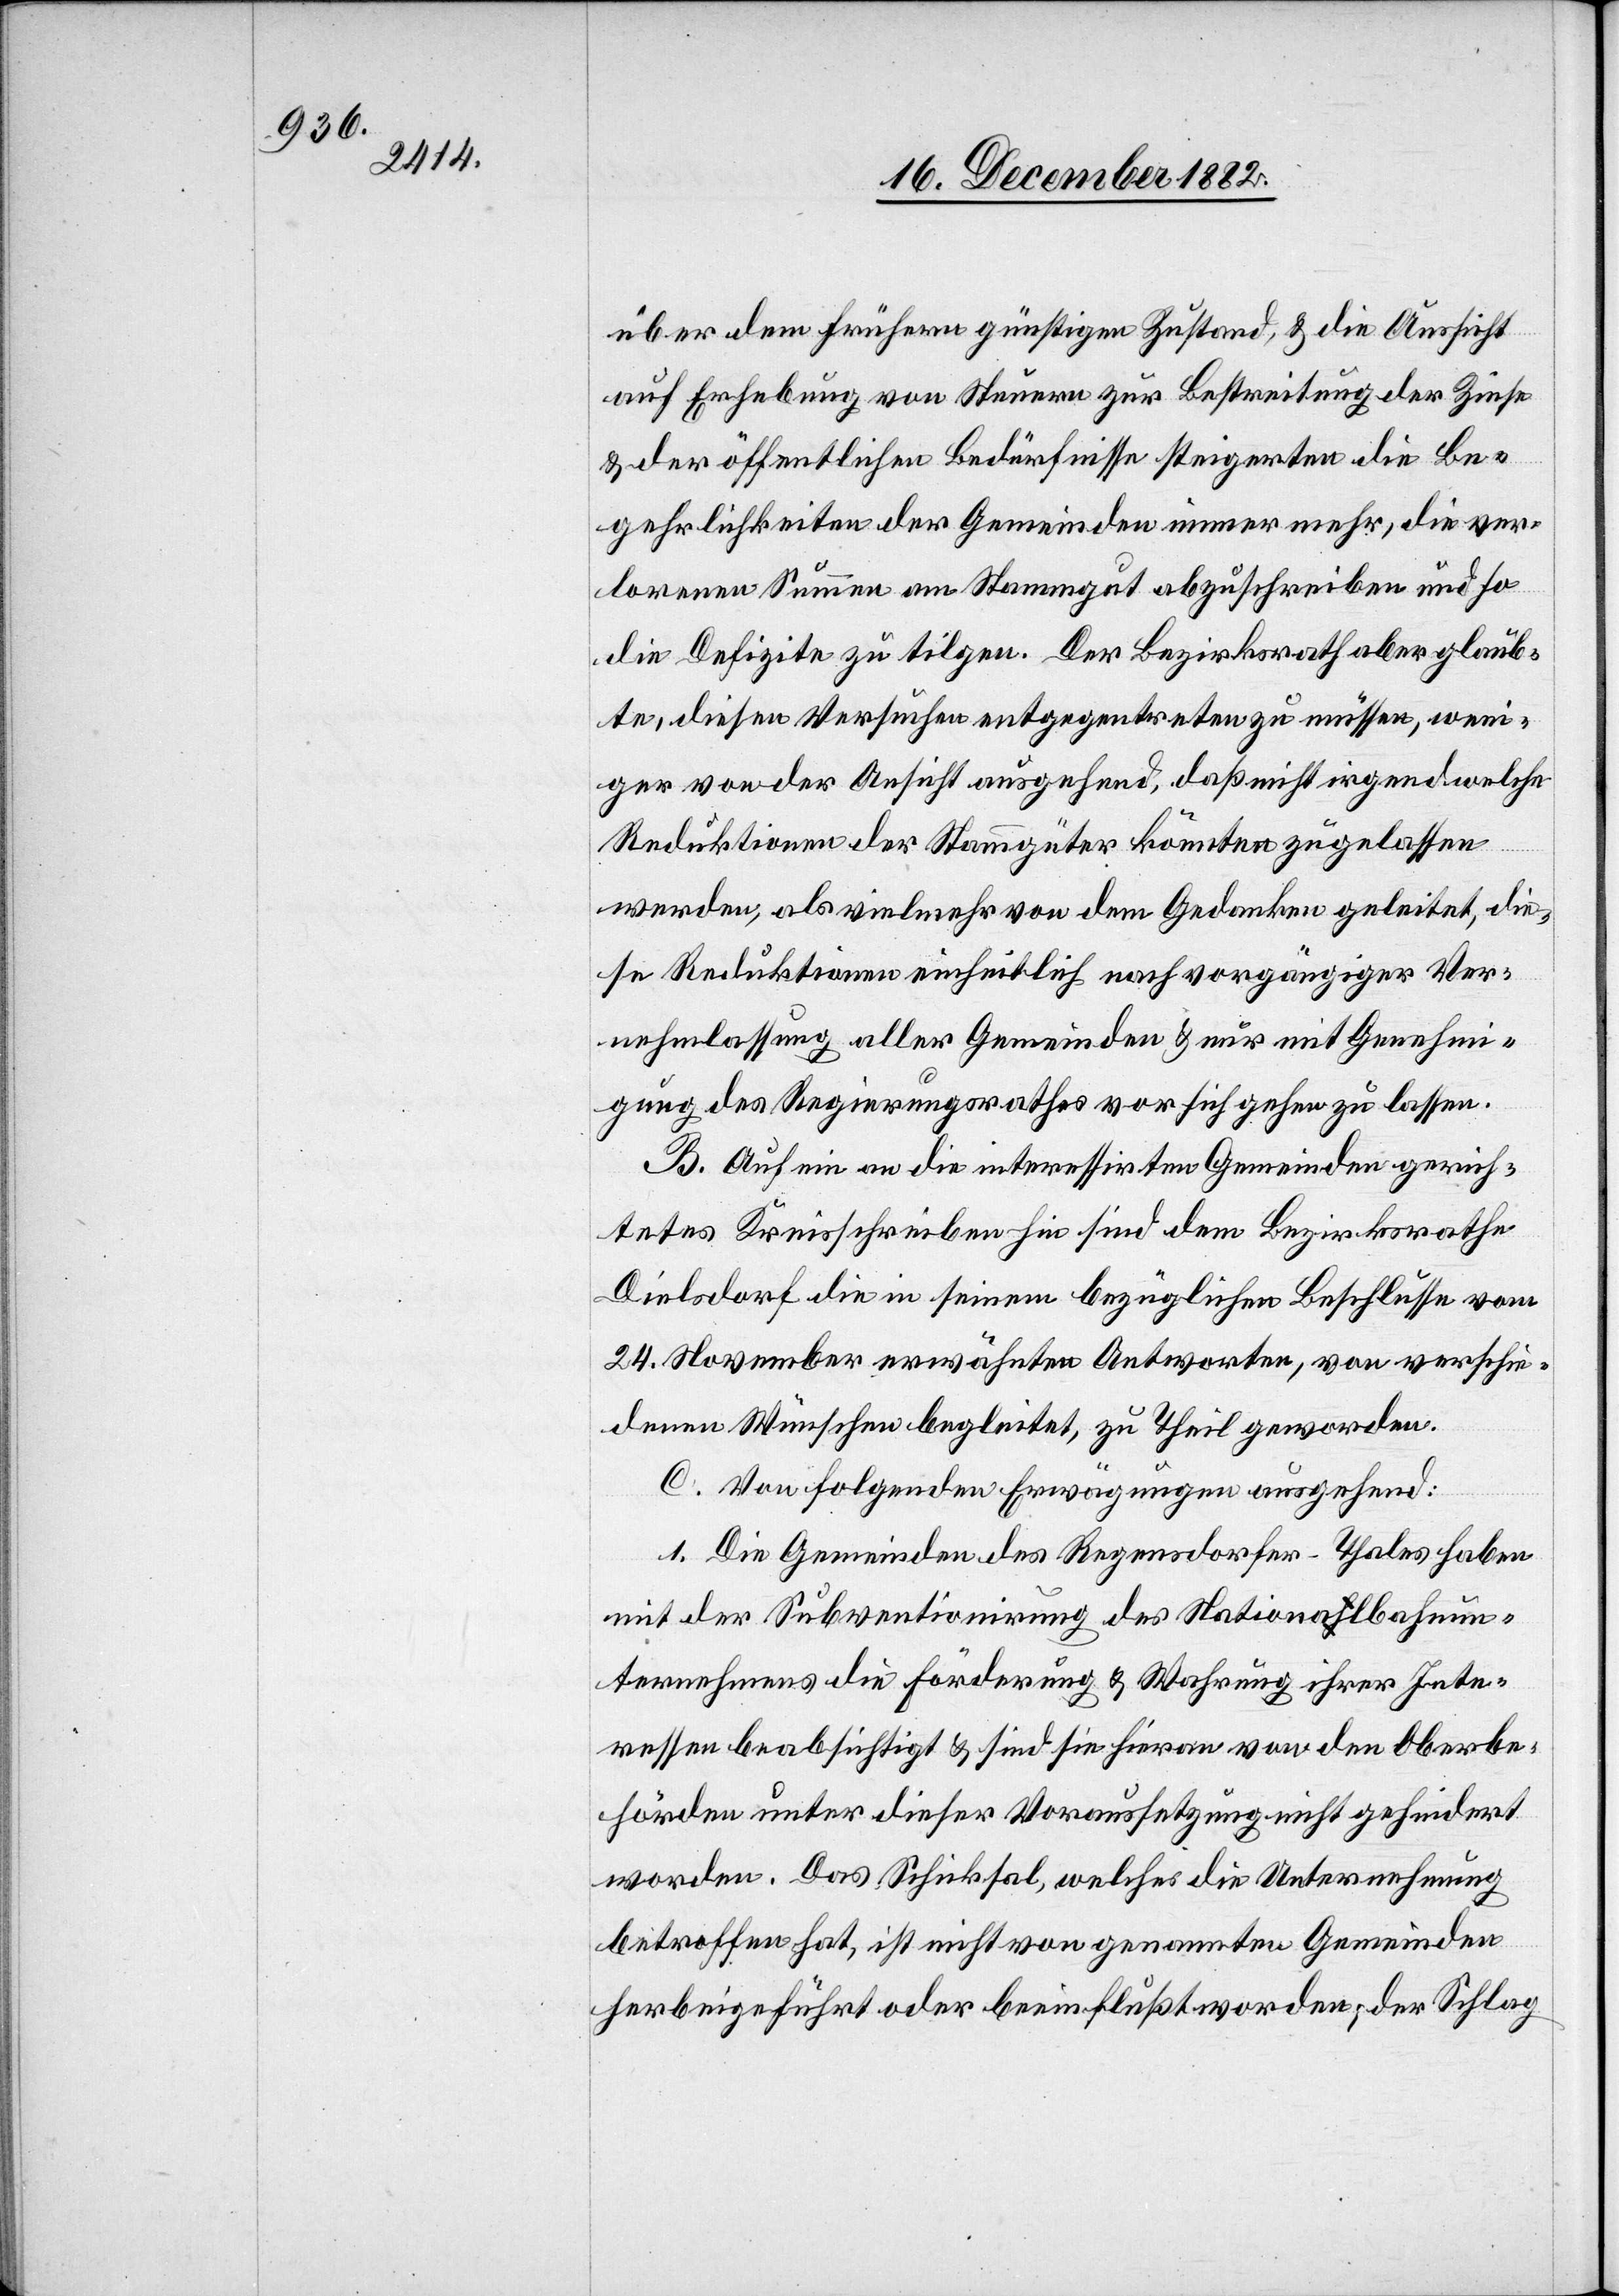
über dem frühern günstigen Zustand, & die Aussicht
auf Erhebung von Steuern zu Bestreitung der Zinse
& der öffentlichen Bedürfnisse steigerten die Be¬
gehrlichkeiten der Gemeinden immer mehr, die ver¬
lorenen Summen am Stammgut abzuschreiben und so
die Defizite zu tilgen. Der Bezirksrath aber glaub¬
te, diesen Versuchen entgegentreten zu müssen, weni¬
ger von der Ansicht ausgehen, daß nicht irgend welche
Reduktionen der Stammgüter könnten zugelassen
werden, als vielmehr von dem Gedanken geleitet, die¬
se Reduktionen einheitlich nach vorgängiger Ver¬
nehmlassung aller Gemeinden & nur mit Genehmi¬
gung des Regierungsrathes vor sich gehen zu lassen.
B. Auf ein an die interessirten Gemeinden gerich¬
tetes Kreisschreiben hin sind dem Bezirksrathe
Dielsdorf die in seinem bezüglichen Beschlusse vom
24. November erwähnten Antworten, von verschie¬
denen Wünschen begleitet, zu Theil geworden.
C. Von folgenden Erwägungen ausgehend:
1. Die Gemeinden des Regensdorfer-Thales haben
mit der Subventionirung des Nationalbahnun¬
ternehmens die Förderung & Wahrung ihrer Inte¬
ressen beabsichtigt & sind sie hieran von den Oberbe¬
hörden unter dieser Voraussetzung nicht gehindert
worden. Das Schicksal, welches die Unternehmung
betroffen hat, ist nicht von genannten Gemeinden
herbeigeführt oder beeinflußt worden; der Schlag